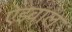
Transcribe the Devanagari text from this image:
ऐझ्वाल